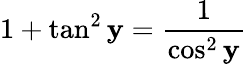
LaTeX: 1+\tan^{2}\mathbf{y}=\frac{{1}}{{\cos^{2}\mathbf{y}}}